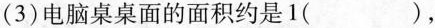
(3)电脑桌桌面的面积约是1( )，